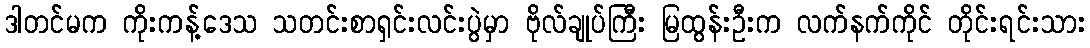
ဒါတင်မက ကိုးကန့်ဒေသ သတင်းစာရှင်းလင်းပွဲမှာ ဗိုလ်ချုပ်ကြီး မြထွန်းဦးက လက်နက်ကိုင် တိုင်းရင်းသား